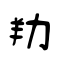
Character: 劷